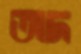
অদ